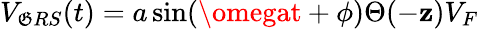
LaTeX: V_{\mathfrak{G}RS}(t)=a\sin(\omegat+\phi)\Theta(-\mathbf{z})V_{F}